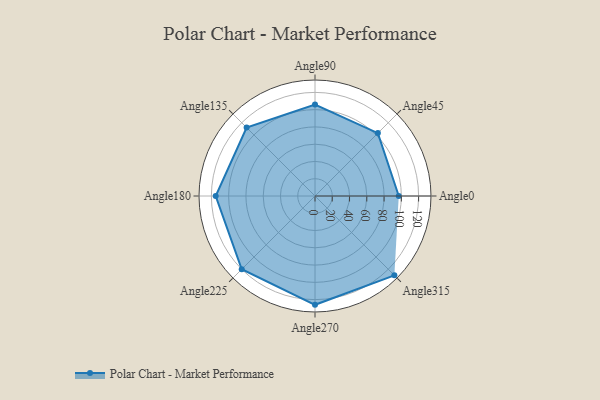
{"axis": {"x": "Angle", "y": "Radius"}, "legend": [""], "data": [{"x": "Angle0", "y": 97.0, "type": ""}, {"x": "Angle45", "y": 103.0, "type": ""}, {"x": "Angle90", "y": 106.0, "type": ""}, {"x": "Angle135", "y": 112.0, "type": ""}, {"x": "Angle180", "y": 115.0, "type": ""}, {"x": "Angle225", "y": 120.0, "type": ""}, {"x": "Angle270", "y": 126.0, "type": ""}, {"x": "Angle315", "y": 130.0, "type": ""}]}